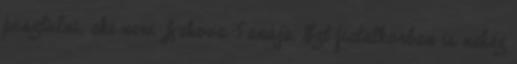
pusztulni, aki nem Jehova Tanúja. Ezt fiatalkorban is nehéz